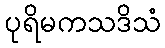
ပုရိမကသဒိသံ